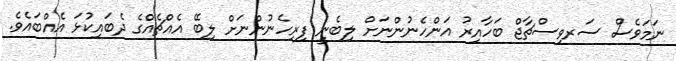
ނަމަވެސް ސަރވިސްޗާޖް ބަހާއިރު އަންހެނުންނަށް ލިބެނީ ފިރިހެނުންނަށް ލިބޭ އެއްޗެއްގެ ދެބައިކުޅަ އެއްބައެވެ.